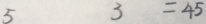
5 3 = 4 5